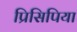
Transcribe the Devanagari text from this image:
प्रिसिपिया